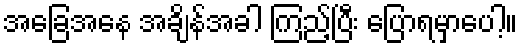
အခြေအနေ အချိန်အခါ ကြည့်ပြီး ပြောရမှာပေါ့။